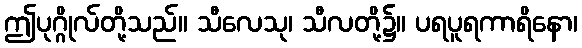
ဤပုဂ္ဂိုလ်တို့သည်။ သီလေသု၊ သီလတို့၌။ ပရပူရကာရိနော၊